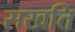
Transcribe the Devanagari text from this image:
सखति